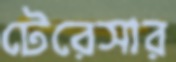
টেরেসার